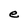
Character: e